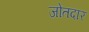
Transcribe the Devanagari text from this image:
जोतदार